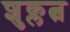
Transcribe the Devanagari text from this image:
शुक्लत्व